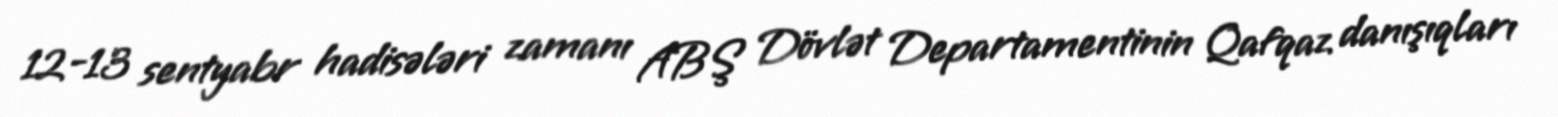
12-13 sentyabr hadisələri zamanı ABŞ Dövlət Departamentinin Qafqaz danışıqları